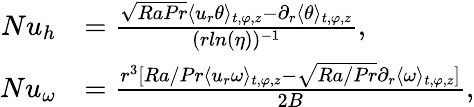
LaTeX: \begin{array}{rl}{Nu_{h}}&{=\frac{\sqrt{RaPr}\langle u_{r}\theta\rangle_{t,\varphi,z}-\partial_{r}\langle\theta\rangle_{t,\varphi,z}}{(rln(\eta))^{-1}},}\\ {Nu_{\omega}}&{=\frac{r^{3}[Ra/Pr\langle u_{r}\omega\rangle_{t,\varphi,z}-\sqrt{Ra/Pr}\partial_{r}\langle\omega\rangle_{t,\varphi,z}]}{2B},}\end{array}